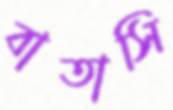
বাতাসি